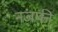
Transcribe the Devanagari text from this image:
नजफी